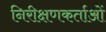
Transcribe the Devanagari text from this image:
निरीक्षणकर्ताओं